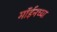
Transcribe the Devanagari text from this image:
मॉईनच्या